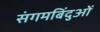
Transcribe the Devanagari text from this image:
संगमबिंदुओं